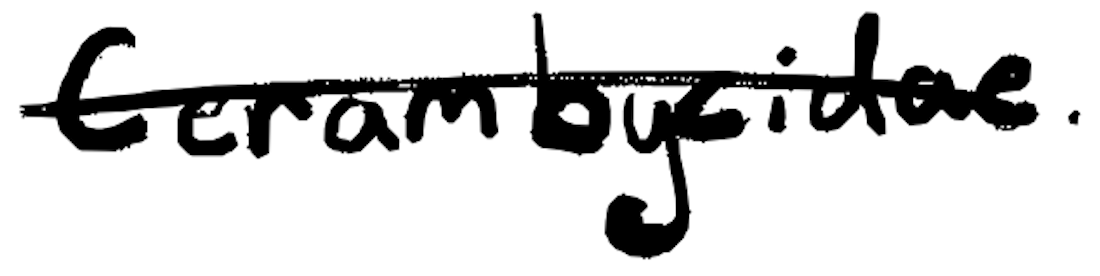
Text: Cerambycidae.
Cross-out: mix
Writing tool: digital_black